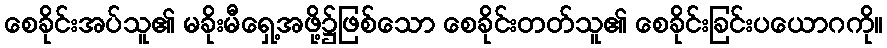
စေခိုင်းအပ်သူ၏ မခိုးမီရှေ့အဖို့၌ဖြစ်သော စေခိုင်းတတ်သူ၏ စေခိုင်းခြင်းပယောဂကို။